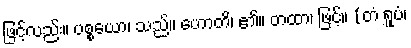
ဖြင့်လည်း။ ပစ္စယော၊ သည်။ ဟောတိ၊ ၏။ တထာ၊ ဖြင့်။ (တံ ရူပံ၊